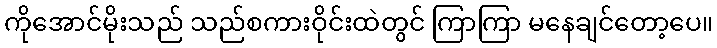
ကိုအောင်မိုးသည် သည်စကားဝိုင်းထဲတွင် ကြာကြာ မနေချင်တော့ပေ။